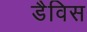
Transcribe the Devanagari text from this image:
डैविस